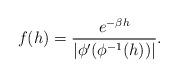
LaTeX: \begin{align*} f(h)=\frac{e^{-\beta h}}{\left|\phi'(\phi^{-1}(h))\right|}.\end{align*}